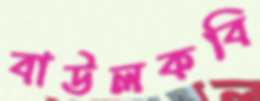
বাউলকবি